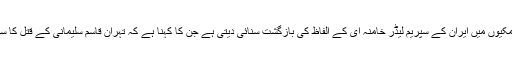
حزب اللہ کی دھمکیوں میں ایران کے سپریم لیڈر خامنہ ای کے الفاظ کی بازگشت سنائی دیتی ہے جن کا کہنا ہے کہ تہران قاسم سلیمانی کے قتل کا سخت انتقام لے گا۔